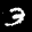
Label: 3